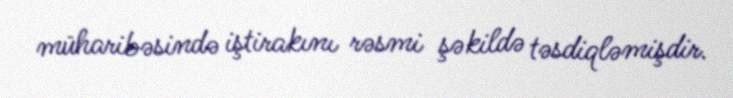
müharibəsində iştirakını rəsmi şəkildə təsdiqləmişdir.